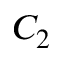
C _ { 2 }